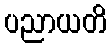
ပညာယတိ